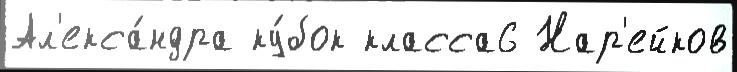
Ал'екса́ндра ку́бок класса6 Нар'ейков